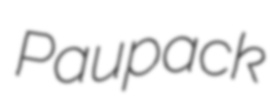
Paupack